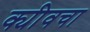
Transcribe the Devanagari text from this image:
क्यीवचा